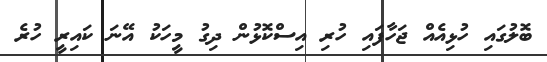
ބޮލުގައި ހުޅިއެއް ޖަހާފައި ހުރި އިސްކޮޅުން ދިގު މީހަކު އޭނަ ކައިރީ ހުރެ